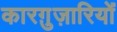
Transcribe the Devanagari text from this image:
कारग़ुज़ारियों